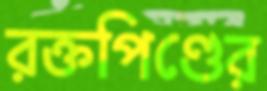
রক্তপিণ্ডের